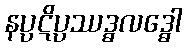
နပ္ပဋိပ္ပဿဒ္ဓလဒ္ဓေါ